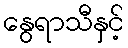
နွေရာသီနှင့်